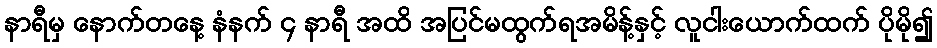
နာရီမှ နောက်တနေ့ နံနက် ၄ နာရီ အထိ အပြင်မထွက်ရအမိန့်နှင့် လူငါးယောက်ထက် ပိုမို၍